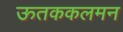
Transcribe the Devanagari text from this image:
ऊतककलमन